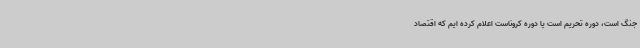
جنگ است، دوره تحریم است یا دوره کروناست اعلام کرده ‌ایم که اقتصاد